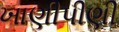
ખાણીપીણી